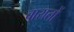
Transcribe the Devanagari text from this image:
बारातों